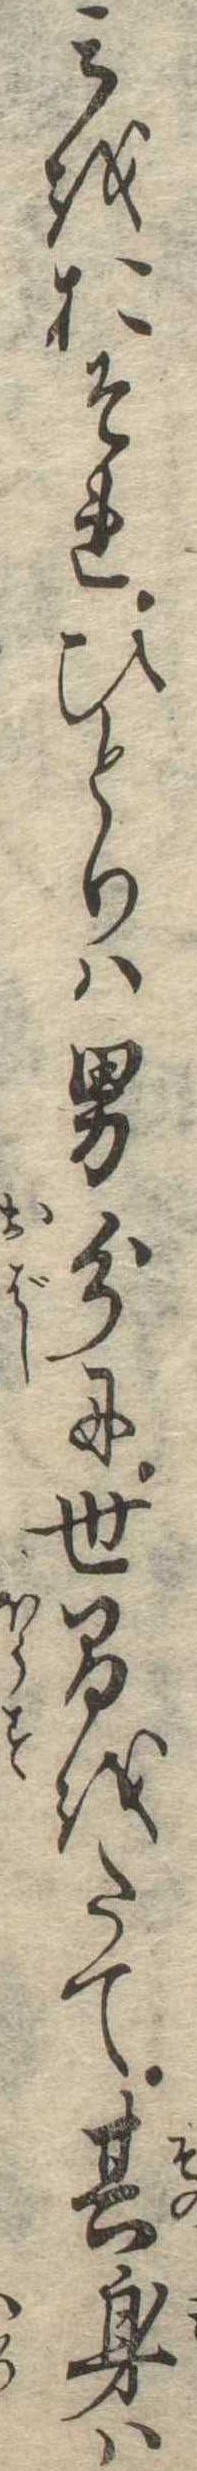
みをおそれひとりは男分に世間をたて其身は